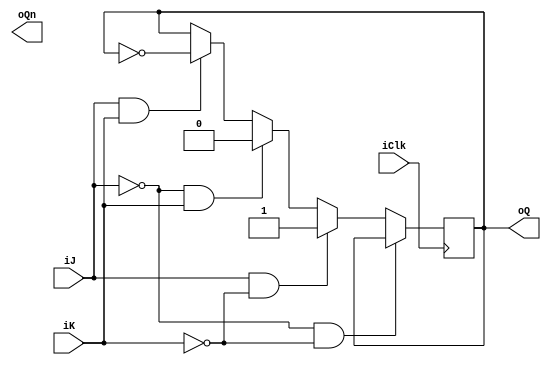
module FF_jk(
	input iJ,
	input iK,
	input iClk,
	output oQ,
	output oQn
);

reg rQ;
reg rQn;

assign oQ = rQ;
assign oQn = rQn;

//b secuencial

always @ (posedge iClk)

begin
	if(iJ == 0 && iK == 0)
	begin
		rQ = rQ;
	end
	else if(iJ == 1 && iK == 0)
	begin
		rQ = 1'd1;
	end
	else if(iJ == 0 && iK == 1)
	begin 
		rQ = 1'd0;
	end
	else if(iJ == 1 && iK == 1)
	begin
		rQ = ~rQ;
	end
end
endmodule